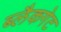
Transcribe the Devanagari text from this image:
ब्लैकगेट